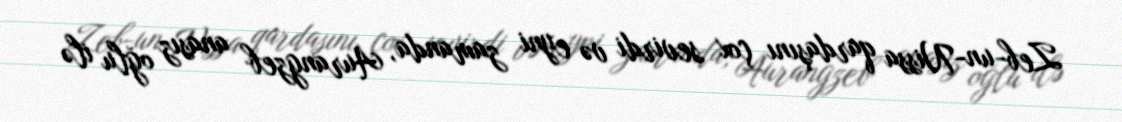
Zeb-un-Nissa qardaşını çox sevirdi və eyni zamanda, Aurangzeb anasız oğlu ilə